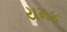
યમક